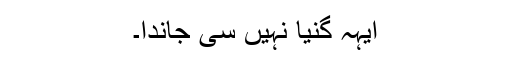
ایہہ گنیا نہیں سی جاندا۔